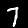
Label: 7